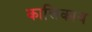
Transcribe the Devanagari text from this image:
कालिकाय